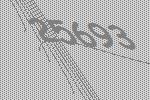
25693